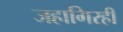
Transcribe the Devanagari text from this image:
जहागिरही